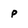
Character: p